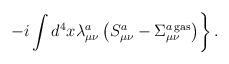
LaTeX: \begin{align*}\left.-i\int d^4x\lambda_{\mu\nu}^a\left(S_{\mu\nu}^a-\Sigma_{\mu\nu}^{a{\,}{\rm gas}}\right)\right\}.\end{align*}